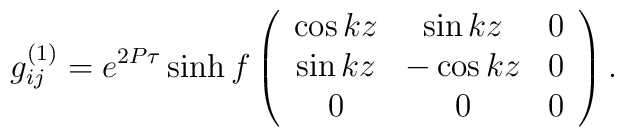
g^{(1)}_{ij}=e^{2P\tau}\sinh f\left(\begin{array}{ccc}\cos kz & \sin kz&0\\\sin kz&-\cos kz &0\\0&0&0\end{array}\right).